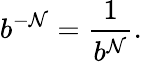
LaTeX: b^{-\mathcal{N}}={\frac{{1}}{{b^{\mathcal{N}}}}}.